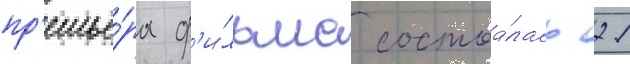
пр'емье́ра ф'и́льма состоа́лась 21